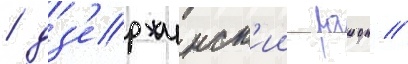
/ дз'ержинск'ии раион //